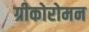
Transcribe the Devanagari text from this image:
ग्रीकोरोमन